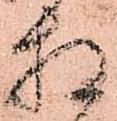
相